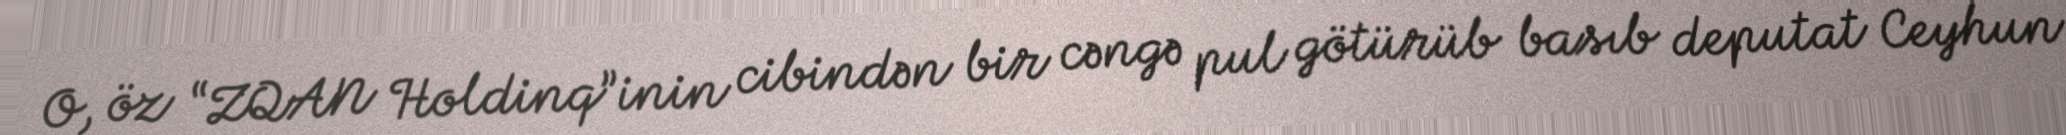
O, öz “ZQAN Holdinq”inin cibindən bir cəngə pul götürüb basıb deputat Ceyhun